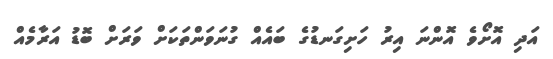
އަދި އޮށޯވެ އޮންނަ އިރު ހަށިގަނޑުގެ ބައެއް ގުނަވަންތަކަށް ވަރަށް ބޮޑު އަރާމެއް